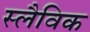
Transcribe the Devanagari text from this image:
स्लैविक